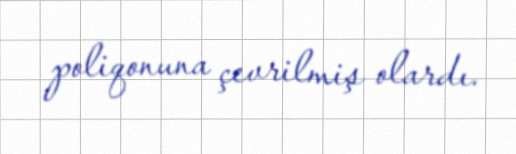
poliqonuna çevrilmiş olardı.